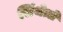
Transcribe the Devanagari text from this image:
सिंथेज़ों